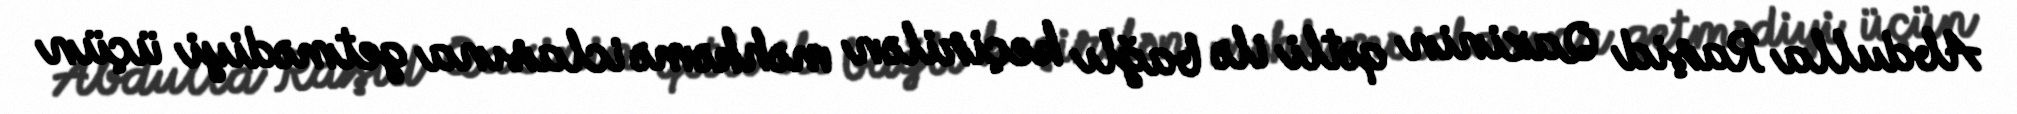
Abdulla Raşid Qazinin qətli ilə bağlı keçirilən məhkəmə iclasına getmədiyi üçün